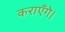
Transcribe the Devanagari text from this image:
कराएँगे।